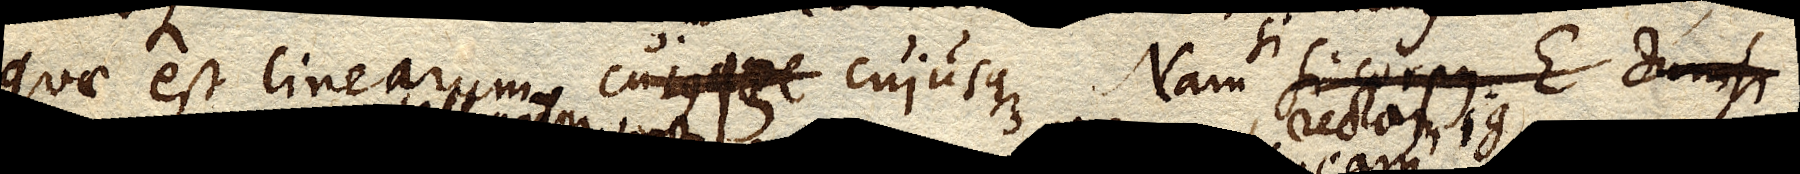
quae est linearum cujusque cujusque. Nam si corpus E densi